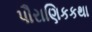
પૌરાણિકકથા